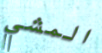
المشي